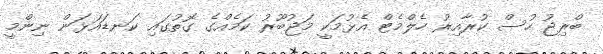
ބްރިޖު ހުސް ކުރާއިރު ހެލްމެޓް އެޅުމަކީ މަޖުބޫރު ކަމެއްގެ ގޮތުގައި ކަނޑައަޅަން ނިންމީ